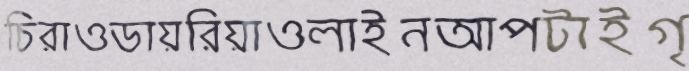
চিরাওডায়রিয়াওলাইনআপটাইগৃ